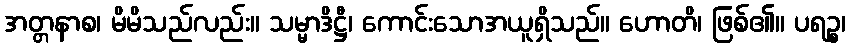
အတ္တနာစ၊ မိမိသည်လည်း။ သမ္မာဒိဋ္ဌီ၊ ကောင်းသောအယူရှိသည်။ ဟောတိ၊ ဖြစ်၏။ ပရဉ္စ၊